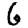
Digit: 6